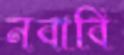
নবাবি